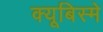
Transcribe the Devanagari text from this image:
क्यूबिस्मे